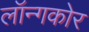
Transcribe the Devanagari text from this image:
लॉन्गकोर